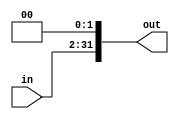
`timescale 1ns / 1ps
//////////////////////////////////////////////////////////////////////////////////
// Company: 
// Engineer: 
// 
// Design Name: 
// Module Name: sl2
// Project Name: 
// Target Devices: 
// Tool Versions: 
// Description: 
// 
// Dependencies: 
// 
// Revision:
// Revision 0.01 - File Created
// Additional Comments:
// 
//////////////////////////////////////////////////////////////////////////////////


module sl2(
    input [29:0] in,
    output [31:0] out
    );
    
    //shift left 2 bits, that is x4
    assign out={in, 2'b00};
    
endmodule